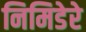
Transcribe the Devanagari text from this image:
निमिडेरे